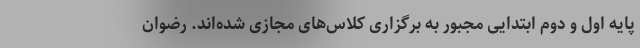
پایه اول و دوم ابتدایی مجبور به برگزاری کلاس‌های مجازی شده‌اند. رضوان